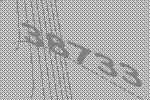
38733